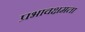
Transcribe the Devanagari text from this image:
प्रभावक्षमता